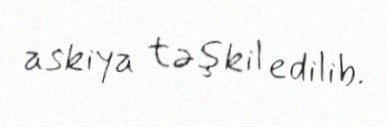
askiya təşkil edilib.